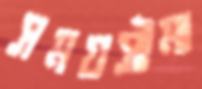
সময়সীমা